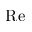
\mathrm { R e }